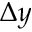
\Delta y